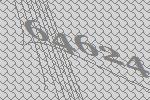
64624